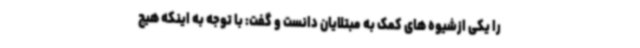
را یکی ازشیوه های کمک به مبتلایان دانست و گفت: با توجه به اینکه هیچ